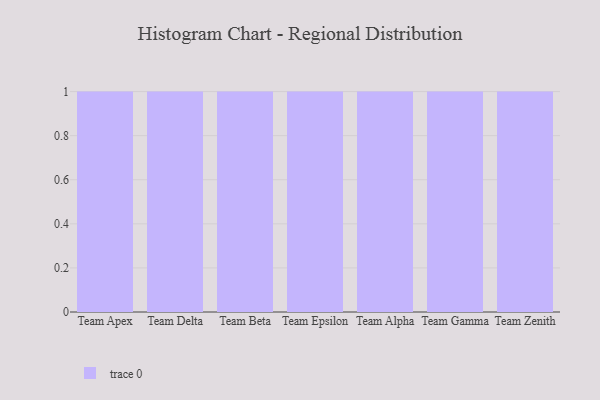
{"axis": {"x": "Team", "y": "Operating Costs (USD K)"}, "legend": [""], "data": [{"x": "Team Apex", "y": 89, "type": ""}, {"x": "Team Delta", "y": 10, "type": ""}, {"x": "Team Beta", "y": 45, "type": ""}, {"x": "Team Epsilon", "y": 7, "type": ""}, {"x": "Team Alpha", "y": 54, "type": ""}, {"x": "Team Gamma", "y": 71, "type": ""}, {"x": "Team Zenith", "y": 6, "type": ""}]}